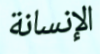
الإنسانة